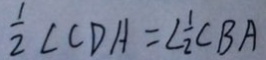
\frac { 1 } { 2 } \angle C D A = \angle \frac { 1 } { 2 } C B A